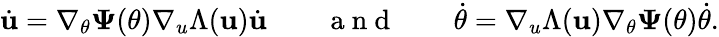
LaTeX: \dot{\mathbf{u}}=\nabla_{\theta}\mathbf{\Psi}(\theta)\nabla_{u}\Lambda(\mathbf{u})\dot{\mathbf{u}}\qquad\mathrm{~a~n~d~}\qquad\dot{\theta}=\nabla_{u}\Lambda(\mathbf{u})\nabla_{\theta}\mathbf{\Psi}(\theta)\dot{\theta}.